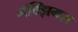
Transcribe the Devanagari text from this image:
मॅक्झिमस